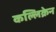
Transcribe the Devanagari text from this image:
कल्लिक्रेन